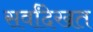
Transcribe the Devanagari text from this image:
सर्वांदेखत